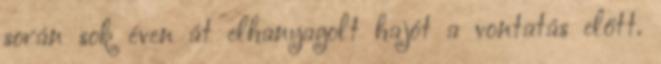
során sok éven át elhanyagolt hajót a vontatás előtt.